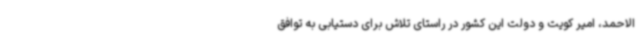
الاحمد، امیر کویت و دولت این کشور در راستای تلاش برای دستیابی به توافق